Annual statistical returns and brief notes on vaccination in Bengal - 1887-1898
Year: 1887
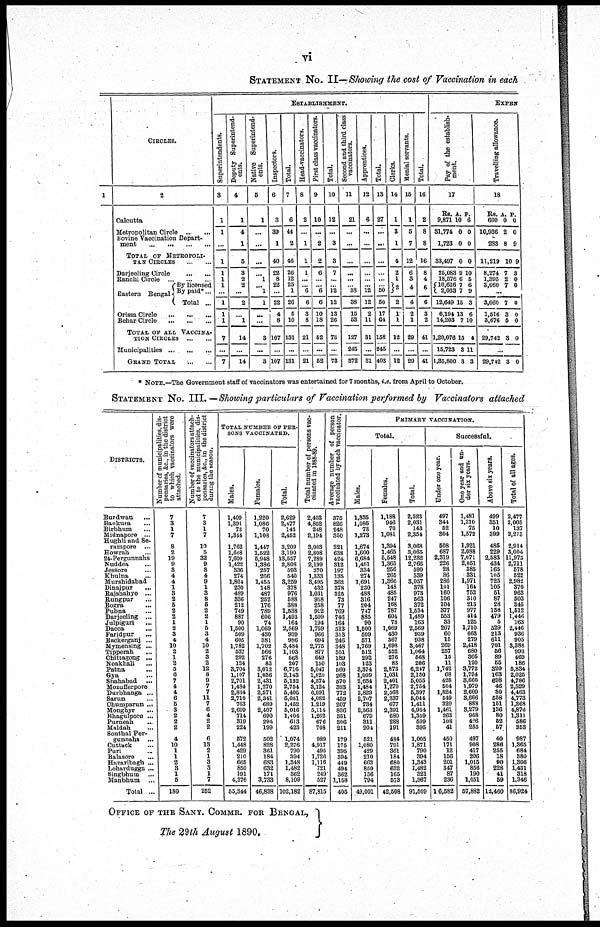
vi
STATEMENT NO. II—Showing the cost of Vaccination in each
1
CIRCLES.
2
Calcutta... ...
Metropolitan
Circle...
...
Bovine Vaccination Depart-
ment...
...
TOTAL OF METROPOLI-
TAN
CIRCLES...
...
Darjeeling
Circle...
...
Ranchi
Circle...
...
Eastern Bengal
By licensed
By paid*...
Total ...
Orissa
Circle...
...
...
Behar
Circle...
...
...
TOTAL OF ALL VACCINA-
----
CIRCLES... ... ...
Municipalities...
...
...
GRAND TOTAL... ...
ESTABLISHMENT.
Superintendents.
3
1
1
...
1
1
1
1
...
1
1
1
7
...
7
Deputy Superintend-
ents.
4
1
4
1
5
3
2
2
...
2
...
1
14
...
14
Native Superintend-
ents.
5
1
...
...
...
...
1
... 1
1
...
...
3
...
3
Inspectors.
6
3
39
1
40
22
8
22
...
22
4
8
107
...
107
Total.
7
6
44
2
46
26
12
25
1
26
5
10
131
...
131
Head-vaccinators.
8
2
...
1
1
1
...
... 6
6
3
8
21
...
21
First class vaccinators.
9
10
...
2
2
6
...
... 6
6
10
18
52
...
52
Total.
10
12
...
3
3
7
...
...
12
12
13
26
73
...
73
Second and third class
vaccinators.
11
21
...
...
...
...
...
...
38
38
15
53
127
245
372
Apprentices.
12
6
...
...
...
...
...
...
12
12
2
11
31
...
31
Total.
13
27
...
...
...
...
...
...
50
50
17
64
158
245
403
Clerks.
14
1
3
1
4
2
1
2
2
1
1
12
...
12
Menial servants.
15
1
5
7
12
6
3
4
4
2
1
29
...
29
Total.
16
2
8
8
16
8
4
6
6
3
2
41
...
41
EXPEN
Pay of the establish-
ment.
17
Rs.
9,871
31,774
1,723
33,497
25,083
18,576
10,616
2,033
12,649
6,194
14,203
1,20,076
15,723
1,35,800
A.
10
0
0
0
9
6
7
7
15
13
7
15
3
3
P.
6
0
0
0
10
5
6
9
3
6
10
4
11
3
Travelling allowance.
18
Rs.
600
10,936
283
11,219
8,274
1,395
3,060
A.
0
2
8
10
7
2
7
P.
0
0
9
9
3
0
0
...
3,060
1,516
3,676
29,742
7
3
5
3
0
0
0
0
...
29,742 3 0
* NOTE.—The Government staff of vaccinators was entertained for 7 months, i.e. from April to October.
STATEMENT NO. III.—Showing particulars of Vaccination performed by Vaccinators attached
DISTRICTS.
Burdwan... ...
Bankura... ...
Birbhum... ...
Midnapore... ...
Hughli and Se-
rampore... ...
Howrah...
24-Pergunnahs
Nuddea... ...
Jessore... ...
Khulna... ...
Murshidabad... ...
Dinajpur... ...
Rajshahye... ...
Rungpur... ...
Bogra... ...
Pubna... ...
Darjeeling... ...
Julpiguri... ...
Dacca... ...
Faridpur... ...
Backerganj... ...
Mymensing... ...
Tipperah... ...
Chittagong... ...
Noakhali... ...
Patna... ...
Gya... ...
Shahabad... ...
Mozufferpore... ...
Durbhanga... ...
Sarun... ...
Chumparun... ...
Monghyr... ...
Bhagulpore... ...
Purneah... ...
Maldah... ...
Sonthal Per-
gunnahs... ...
Cuttack... ...
Puri... ...
Balasore... ...
Hazaribagh... ...
Lohardugga... ...
Singbhum... ...
Manbhum... ...
Total... ...
Number of municipalities, dis-
pensaries, &c., in the district
to which vaccinators were
attached.
7
3
1
7
8
2
19
9
3
4
4
1
3
2
5
2
2
1
2
3
4
10
2
1
2
5
6
7
4
4
6
5
3
2
2
2
4
10
1
1
2
3
1
5
180
Number of vaccinators attach-
ed to the municipalities, dis-
pensaries, &c, in the district
during
the season.
7
3
1
7
10
5
32
9
3
4
9
1
3
8
5
2
2
1
5
3
4
10
2
3
2
12
8
9
7
7
11
7
6
4
2
2
6
13
2
1
3
3
1
7
252
TOTAL NUMBER OF PER-
---- VACCINATED.
Males.
1,409
1,391
73
1,344
1,762
1,668
7,609
1,422
336
274
1,804
230
489
336
212
749
887
90
1,500
509
605
1,782
537
292
124
3,704
1,107
2,701
1,484
2,834
2,710
763
2,609
714
319
224
572
1,448
429
210
665
850
191
4,376
55,344
Females.
1,220
1,086
70
1,108
1,447
1,522
5,948
1,386
257
266
1,455
148
487
252
176
789
606
74
1,069
430
381
1,702
566
276
83
3,012
1,036
2,431
1,270
2,571
2,341
689
2,407
690
294
199
502
828
361
184
683
632
171
3,733
46,838
Total.
2,629
2,477
143
2,452
3,209
3,190
13,557
2,808
593
540
3,259
378
976
588
388
1,538
1,493
164
2,569
939
986
3,484
1,103
568
207
6,716
2,143
5,132
2,754
5,405
5,051
1,452
5,016
1,404
613
423
1,074
2,276
790
394
1,348
1,482
362
8,109
102,182
Total number of persons vac-
cinated in 1888-89.
2,403
4,852
248
2,194
3,003
2,808
7,289
2,199
370
1,333
3,495
432
1,031
958
258
912
1,509
194
1,759
966
694
2,775
877
649
150
5,047
1,820
4,574
3,124
6,091
4,082
1,219
5,114
1,262
676
708
989
4,917
495
1,726
1,116
721
249
527
87,815
Average number of person
vaccinated by each vaccinator.
375
826
248
350
321
638
424
312
197
135
362
378
325
73
77
769
746
164
513
313
246
348
551
189
103
560
268
570
393
772
459
207
836
351
306
211
179
175
395
394
449
494
362
1,158
405
PRIMARY VACCINATION.
Total.
Males.
1,335
1,085
73
1,273
1,674
1,600
6,684
1,401
334
274
1,691
230
488
316
204
747
885
90
1,500
509
571
1,769
512
292
123
3,374
1,099
2,654
1,484
2,829
2,707
734
2,563
679
311
204
521
1,080
429
210
663
850
156
794
49,001
Females.
1,188
946
70
1,081
1,394
1,465
5,548
1,365
256
265
1,366
148
485
247
168
787
604
73
1,069
430
367
1,698
552
276
83
2,873
1,031
2,401
1,270
2,568
2,337
677
2,391
680
288
191
484
791
361
184
680
632
165
573
42,508
Total.
2,523
2,031
143
2,354
3,068
3,065
12,232
2,766
590
539
3,057
378
973
563
372
1,534
1,489
163
2,569
939
938
3,467
1,064
568
206
6,247
2,130
5,055
2,754
5,397
5,044
1,411
4,954
1,359
599
395
1,005
1,871
790
394
1,343
1,482
321
1,367
91,509
Successful.
Under one year.
497
344
52
304
508
687
2,319
226
28
86
286
101
160
106
104
377
553
33
207
60
15
269
257
15
11
1,742
68
428
504
1,824
549
329
1,461
263
108
41
450
171
12
156
201
347
87
236
16,582
One year and un-
der six years.
1,481
1,310
75
1,572
1,921
2,088
7,071
2,051
385
331
1,971
164
752
310
213
977
414
125
1,710
663
279
2,418
680
365
120
3,772
1,794
3,660
1,979
2,609
3,666
888
3,279
968
426
255
497
908
417
206
1,015
856
190
1,051
57,882
Above six years.
499
351
10
399
485
229
2,583
434
165
105
725
105
51
87
28
158
479
5
529
213
611
701
56
89
55
320
163
698
46
30
558
151
136
80
52
57
40
286
255
18
90
228
41
59
12,460
Total of all ages.
2,477
2,005
137
2,275
2,914
3,004
11,973
2,711
578
522
2,982
370
963
503
345
1,512
1,446
163
2,446
936
905
3,388
993
469
186
5,834
2,025
4,786
2,529
4,463
4,773 1,368
4,876
1,311
586
353
987
1,365
684
380
1,306
1,431
318
1,346
86,924
OFFICE OF THE SANY. COMMR. FOR BENGAL,
The 29th August 1890.